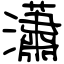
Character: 瀟